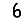
Digit: 6